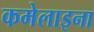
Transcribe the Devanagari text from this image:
कमेलाइना